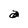
Character: a